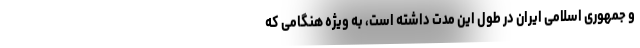
و جمهوری اسلامی ایران در طول این مدت داشته است، به ویژه هنگامی که